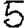
Digit: 5